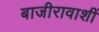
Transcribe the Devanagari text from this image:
बाजीरावाशीं